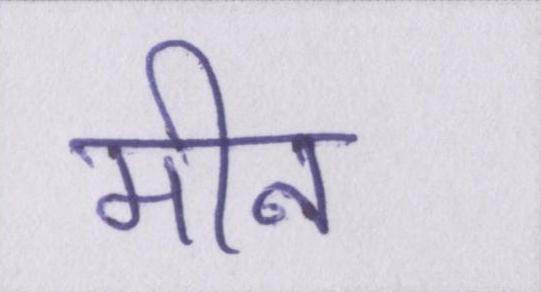
मीन